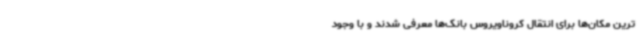
ترین مکان‌ها برای انتقال کروناویروس بانک‌ها معرفی شدند و با وجود